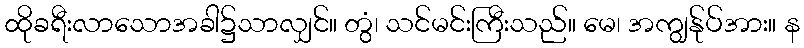
ထိုခရီးလာသောအခါ၌သာလျှင်။ တွံ၊ သင်မင်းကြီးသည်။ မေ၊ အကျွန်ုပ်အား။ န